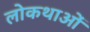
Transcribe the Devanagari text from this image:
लोकथाओं